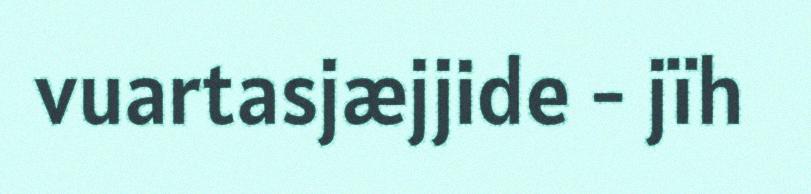
vuartasjæjjide - jïh